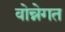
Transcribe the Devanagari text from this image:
वोन्नेगत